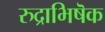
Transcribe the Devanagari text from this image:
रुद्राभिषॆक